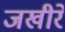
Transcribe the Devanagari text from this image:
जखीरें